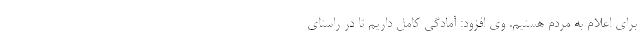
برای اعلام به مردم هستیم. وی افزود: آمادگی کامل داریم تا در راستای